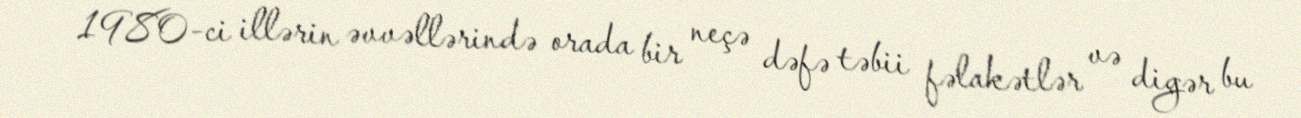
1980-ci illərin əvvəllərində orada bir neçə dəfə təbii fəlakətlər və digər bu